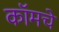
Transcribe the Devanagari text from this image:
कॉमचे